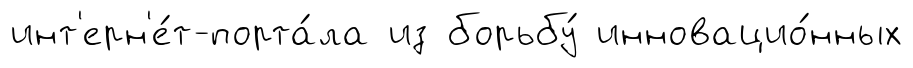
инт'ерн'е́т-порта́ла из борьбу́ инновацио́нных